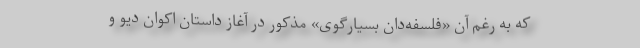
که به رغم آن «فلسفه‌دان بسیارگوی» مذکور در آغاز داستان اکوان دیو و